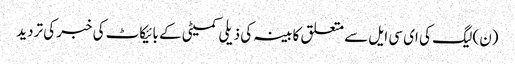
(ن) لیگ کی ای سی ایل سے متعلق کابینہ کی ذیلی کمیٹی کے بائیکاٹ کی خبر کی تردید